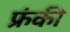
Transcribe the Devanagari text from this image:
फ्रंकी